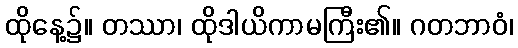
ထိုနေ့၌။ တဿာ၊ ထိုဒါယိကာမကြီး၏။ ဂတဘာဝံ၊